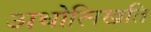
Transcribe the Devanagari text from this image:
अधोलिखति